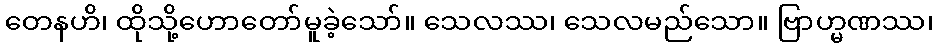
တေနဟိ၊ ထိုသို့ဟောတော်မူခဲ့သော်။ သေလဿ၊ သေလမည်သော။ ဗြာဟ္မဏဿ၊